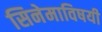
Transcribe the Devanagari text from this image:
सिनेमाविषयी